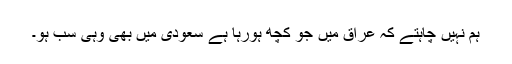
ہم نہیں چاہتے کہ عراق میں جو کچھ ہورہا ہے سعودى میں بھى وہى سب ہو۔